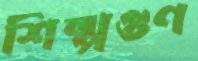
শিল্পগুণ